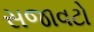
સજાવટો